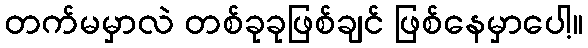
တက်မမှာလဲ တစ်ခုခုဖြစ်ချင် ဖြစ်နေမှာပေါ့။